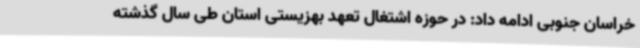
خراسان جنوبی ادامه داد: در حوزه اشتغال تعهد بهزیستی استان طی سال گذشته